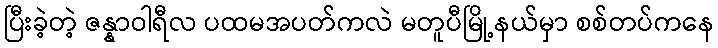
ပြီးခဲ့တဲ့ ဇန္နာဝါရီလ ပထမအပတ်ကလဲ မတူပီမြို့နယ်မှာ စစ်တပ်ကနေ